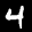
Label: 4